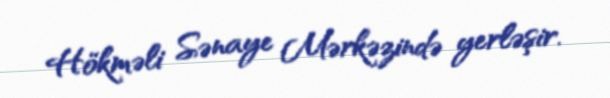
Hökməli Sənaye Mərkəzində yerləşir.